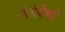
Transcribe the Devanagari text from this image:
शैलीविषयी